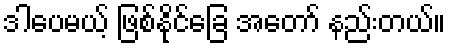
ဒါပေမယ့် ဖြစ်နိုင်ခြေ အတော် နည်းတယ်။